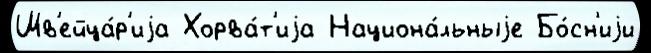
Шв'ейца́р'иjа Хорва́т'иjа Национа́льныjе Бо́сн'иjи